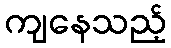
ကျနေသည့်